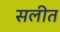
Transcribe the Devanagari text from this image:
सलीत